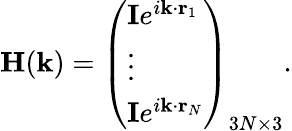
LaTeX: \mathbf{H}(\mathbf{k})=\left(\begin{array}{l}{\mathbf{I}e^{i\mathbf{k}\cdot\mathbf{r}_{1}}}\\ {\vdots}\\ {\mathbf{I}e^{i\mathbf{k}\cdot\mathbf{r}_{N}}}\end{array}\right)_{3N\times 3}.